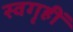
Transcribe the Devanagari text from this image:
स्वगृहीं